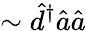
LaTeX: \sim\hat{d}^{\dagger}\hat{a}\hat{a}